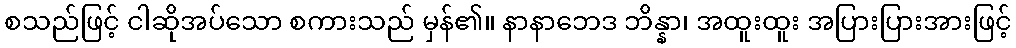
စသည်ဖြင့် ငါဆိုအပ်သော စကားသည် မှန်၏။ နာနာဘေဒ ဘိန္နာ၊ အထူးထူး အပြားပြားအားဖြင့်